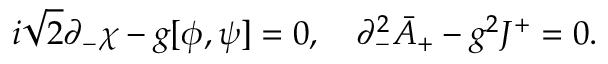
i \sqrt { 2 } \partial _ { - } \chi - g [ \phi , \psi ] = 0 , \quad \partial _ { - } ^ { 2 } \bar { A } _ { + } - g ^ { 2 } J ^ { + } = 0 .